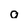
Character: o